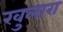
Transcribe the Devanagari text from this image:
खुलारा